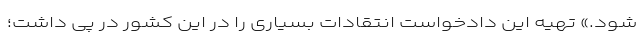
شود.» تهیه این دادخواست انتقادات بسیاری را در این کشور در پی داشت؛